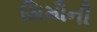
સિમૌની